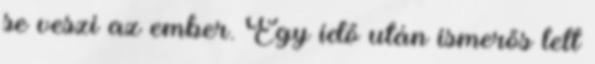
se veszi az ember. Egy idő után ismerős lett